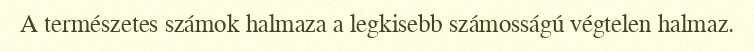
A természetes számok halmaza a legkisebb számosságú végtelen halmaz.